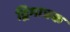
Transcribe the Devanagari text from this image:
द्विमात्रक